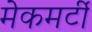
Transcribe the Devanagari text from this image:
मेकमर्टी